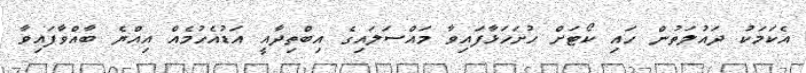
އެކަމަކު ދައުލަތުން ހައި ކޯޓަށް ހުށަހަޅާފައިވާ މައްސަލައިގެ އިބްތިދާއީ އަޑުއެހުމެއް އިއްޔެ ބާއްވާފައިވާ